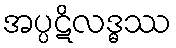
အပ္ပဋိလဒ္ဓဿ